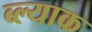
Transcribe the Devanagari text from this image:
ब्ल्याक